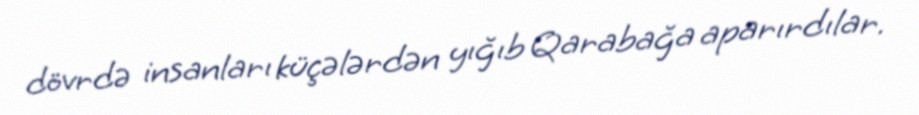
dövrdə insanları küçələrdən yığıb Qarabağa aparırdılar.